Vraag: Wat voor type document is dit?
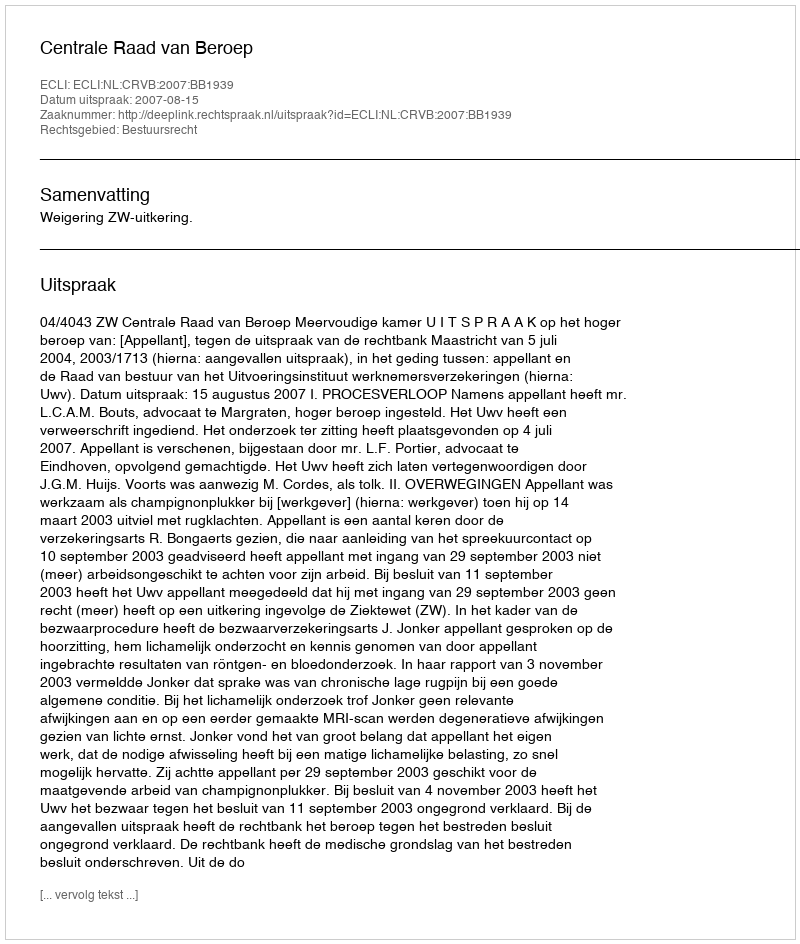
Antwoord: Uitspraak